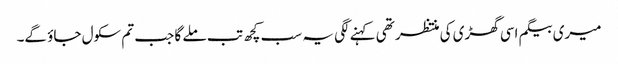
میری بیگم اسی گھڑی کی منتظر تھی کہنے لگی یہ سب کچھ تب ملے گا جب تم سکول جاؤ گے۔